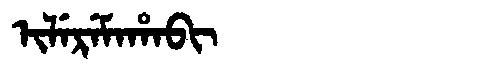
Manchu: ᡳᠯᡝᡵᡝᠮᠠᡥᠠᠪᡳ
Romanization: ILEREMAHABI